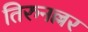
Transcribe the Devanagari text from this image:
तिरुनल्लर